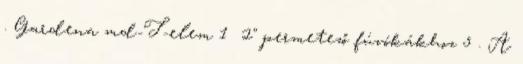
. Gardena md-T-elem 1 2" permetező fúvókákhoz 5 . A